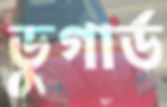
ডুগার্ড